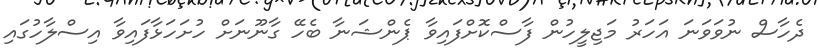
ދެހާސް ނުވަވަނަ އަހަރު މަޖިލީހުން ފާސްކޮށްފައިވާ ޕެންޝަނާ ބެހޭ ގާނޫނަށް ހުށަހަޅާފައިވާ އިސްލާހުގައި